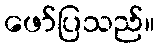
ဖော်ပြသည်။